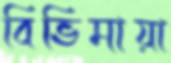
বিভিমায়া